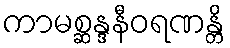
ကာမစ္ဆန္ဒနီဝရဏန္တိ